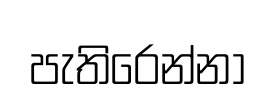
පැතිරෙන්නා